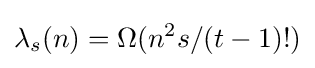
\lambda _{s}(n)=\Omega (n^{2}s/(t-1)!)